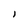
Character: i